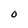
Character: O